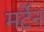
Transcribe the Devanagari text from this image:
मर्टेन